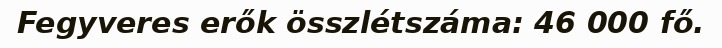
Fegyveres erők összlétszáma: 46 000 fő.